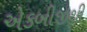
એકબીજીથી